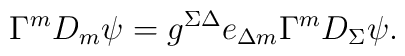
\Gamma^mD_m\psi=g^{\Sigma\Delta}e_{\Delta m}\Gamma^mD_\Sigma\psi.